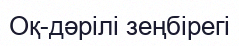
Оқ-дәрiлi зеңбiрегi